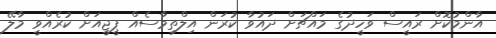
އާންމުކޮށް ރައީސް ވަހީދުގެ މައްޗަށް ދައުވާ ކުރަން އިލްތިމާސެއް ޕީޖީއަށް ކުރެއްވީ މާލޭ